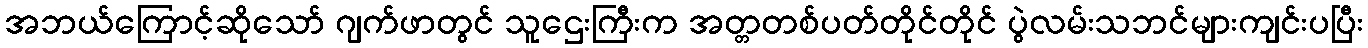
အဘယ်ကြောင့်ဆိုသော် ဂျက်ဖာတွင် သူဌေးကြီးက အတ္တတစ်ပတ်တိုင်တိုင် ပွဲလမ်းသဘင်များကျင်းပပြီး